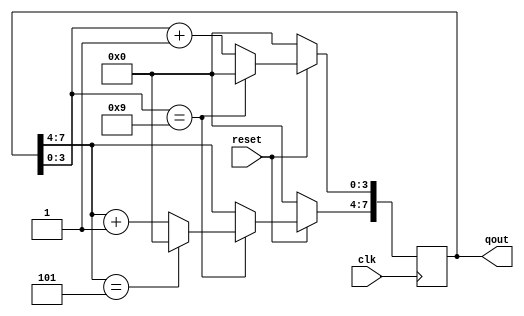

`timescale 1 ps/ 1 ps

module counter60(
	output reg [7 : 0] qout = 0, 
	input reset, clk
	);
	always@(posedge clk)
	begin
		if(!reset)
			qout <= 1'b0;
		else begin
			if (qout[3 : 0] == 9) begin
				qout[3 : 0] <= 0;
				if(qout[7 : 4] == 5)
					qout[7 : 4] <= 0;
				else
					qout[7 : 4] <= qout[7 : 4] + 1'b1; 
			end
			else
				qout[3 : 0] <= qout[3 : 0] + 1'b1;
		end
	end 
endmodule